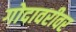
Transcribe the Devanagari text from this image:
गोदावरीवर